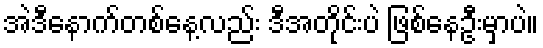
အဲဒီနောက်တစ်နေ့လည်း ဒီအတိုင်းပဲ ဖြစ်နေဦးမှာပဲ။